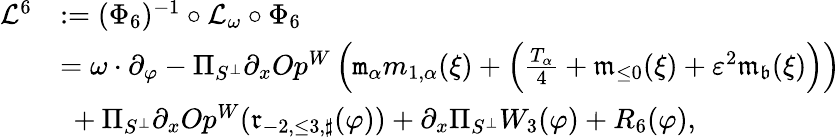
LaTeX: \begin{array}{rl}{\mathcal{L}^{6}}&{:=(\Phi_{6})^{-1}\circ\mathcal{L}_{\omega}\circ\Phi_{6}}\\ &{=\omega\cdot\partial_{\varphi}-\Pi_{S^{\perp}}\partial_{x}Op^{W}\left(\mathtt{m}_{\alpha}m_{1,\alpha}(\xi)+\left(\frac{T_{\alpha}}4+\mathfrak{m}_{\le 0}(\xi)+\varepsilon^{2}\mathfrak{m}_{\mathfrak{b}}(\xi)\right)\right)}\\ &{\ +\Pi_{S^{\perp}}\partial_{x}Op^{W}(\mathfrak{r}_{-2,\le 3,\sharp}(\varphi))+\partial_{x}\Pi_{S^{\perp}}W_{3}(\varphi)+R_{6}(\varphi),}\end{array}